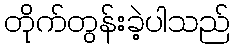
တိုက်တွန်းခဲ့ပါသည်